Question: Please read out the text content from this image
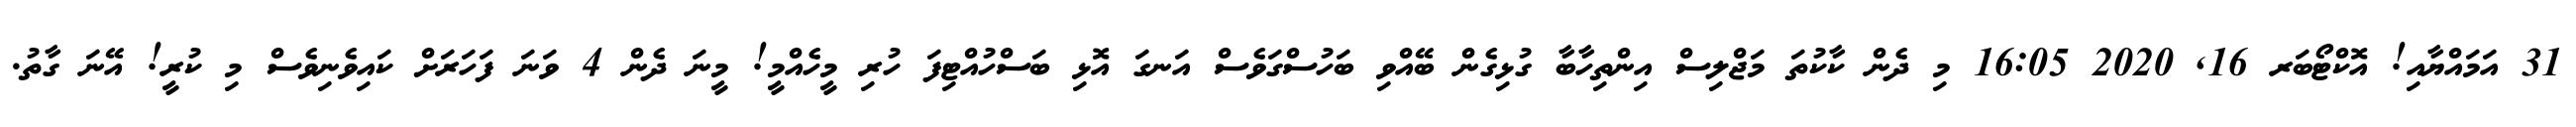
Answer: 31 އަމައްޔާއި! އޮކްޓޯބަރ 16, 2020 16:05 މި ދެން ކާކުތަ މަޖްލިސް އިންތިހާބާ ގުޅިގެން ބޭއްވި ބަހުސްގަވެސް އަނގަ އޮޅި ބަސްހުއްޓިފަ ހުރި މީހެއްމީ! މީނަ ދެން 4 ވަނަ ފަހަރަށް ކައިވެނިވެސް މި ކުރީ! އޭނަ ގާތު.